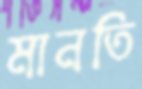
মানতি